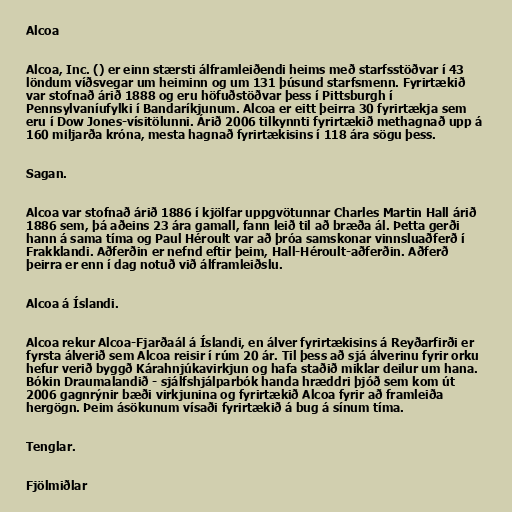
Alcoa

Alcoa, Inc. () er einn stærsti álframleiðendi heims með starfsstöðvar í 43
löndum víðsvegar um heiminn og um 131 þúsund starfsmenn. Fyrirtækið
var stofnað árið 1888 og eru höfuðstöðvar þess í Pittsburgh í
Pennsylvaníufylki í Bandaríkjunum. Alcoa er eitt þeirra 30 fyrirtækja sem
eru í Dow Jones-vísitölunni. Árið 2006 tilkynnti fyrirtækið methagnað upp á
160 miljarða króna, mesta hagnað fyrirtækisins í 118 ára sögu þess.

Sagan.

Alcoa var stofnað árið 1886 í kjölfar uppgvötunnar Charles Martin Hall árið
1886 sem, þá aðeins 23 ára gamall, fann leið til að bræða ál. Þetta gerði
hann á sama tíma og Paul Héroult var að þróa samskonar vinnsluaðferð í
Frakklandi. Aðferðin er nefnd eftir þeim, Hall-Héroult-aðferðin. Aðferð
þeirra er enn í dag notuð við álframleiðslu.

Alcoa á Íslandi.

Alcoa rekur Alcoa-Fjarðaál á Íslandi, en álver fyrirtækisins á Reyðarfirði er
fyrsta álverið sem Alcoa reisir í rúm 20 ár. Til þess að sjá álverinu fyrir orku
hefur verið byggð Kárahnjúkavirkjun og hafa staðið miklar deilur um hana.
Bókin Draumalandið - sjálfshjálparbók handa hræddri þjóð sem kom út
2006 gagnrýnir bæði virkjunina og fyrirtækið Alcoa fyrir að framleiða
hergögn. Þeim ásökunum vísaði fyrirtækið á bug á sínum tíma.

Tenglar.

Fjölmiðlar